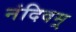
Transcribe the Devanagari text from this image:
नंदिवम्र्